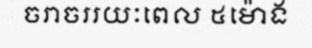
ចរាចររយៈពេល ៥ម៉ោង